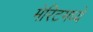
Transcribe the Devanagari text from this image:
मेरिटमध्ये